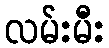
လမ်းမီး